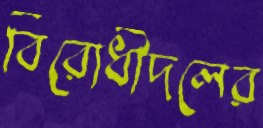
বিরোধীদলের